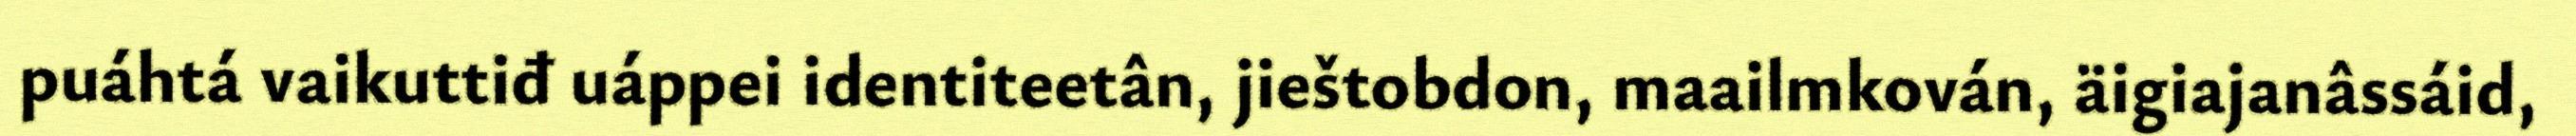
puáhtá vaikuttiđ uáppei identiteetân, jieštobdon, maailmkován, äigiajanâssáid,